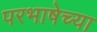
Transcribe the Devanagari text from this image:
परभाषेच्या